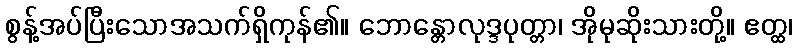
စွန့်အပ်ပြီးသောအသက်ရှိကုန်၏။ ဘောန္တောလုဒ္ဒပုတ္တာ၊ အိုမုဆိုးသားတို့။ ဧတ္ထ၊